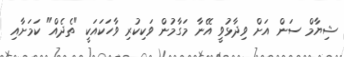
ޝިޔާމް ސަން އަށް ވިދާޅުވީ އޭނާ މަގާމުން ވަކިކުރި ވާހަކައަކީ "ތެދެއް" ކަމަށާއި